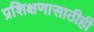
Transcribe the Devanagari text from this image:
प्रशिक्षणासाठीही